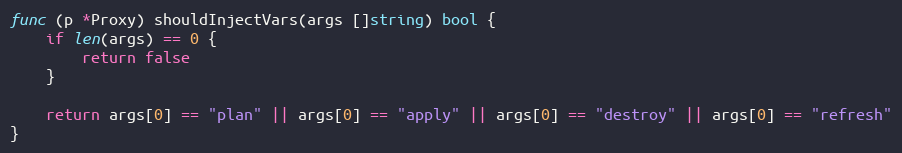
Language: Go
func (p *Proxy) shouldInjectVars(args []string) bool {
	if len(args) == 0 {
		return false
	}

	return args[0] == "plan" || args[0] == "apply" || args[0] == "destroy" || args[0] == "refresh"
}